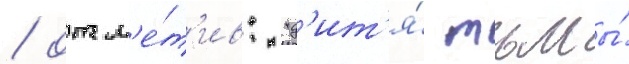
/ отм'е́т'ив: "д'ит'я́ тьмы́